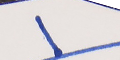
١